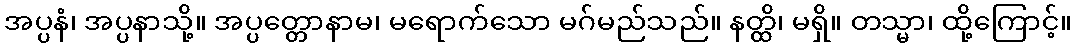
အပ္ပနံ၊ အပ္ပနာသို့။ အပ္ပတ္တောနာမ၊ မရောက်သော မဂ်မည်သည်။ နတ္ထိ၊ မရှိ။ တသ္မာ၊ ထို့ကြောင့်။